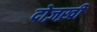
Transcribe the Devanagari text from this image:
दोज़ख़ी